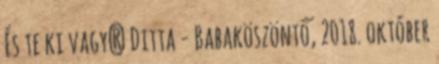
És te ki vagy? Ditta - Babaköszöntő, 2018. október